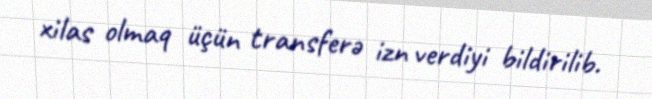
xilas olmaq üçün transferə izn verdiyi bildirilib.